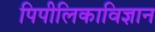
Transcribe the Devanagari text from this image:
पिपीलिकाविज्ञान